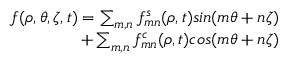
\begin{array} { r } { f ( \rho , \theta , \zeta , t ) = \sum _ { m , n } f _ { m n } ^ { s } ( \rho , t ) s i n ( m \theta + n \zeta ) } \\ { + \sum _ { m , n } f _ { m n } ^ { c } ( \rho , t ) c o s ( m \theta + n \zeta ) } \end{array}